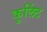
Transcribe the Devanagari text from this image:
कुलिंट